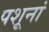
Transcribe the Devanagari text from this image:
पशूनां